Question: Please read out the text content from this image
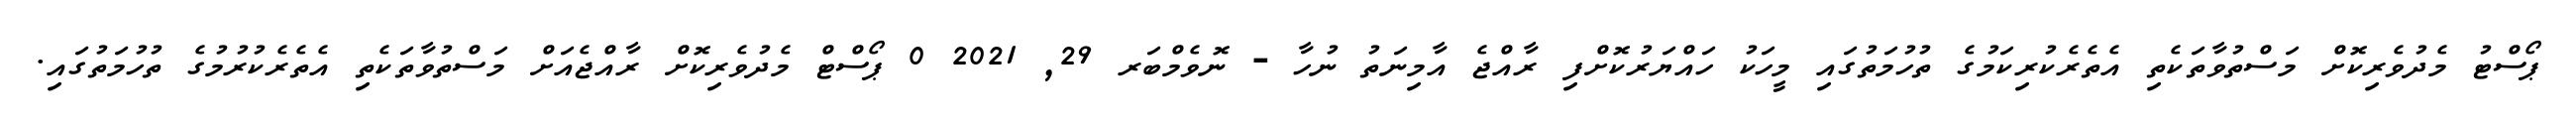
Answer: ޕޯސްޓު މެދުވެރިކޮށް މަސްތުވާތަކެތި އެތެރެކުރިކަމުގެ ތުހުމަތުގައި މީހަކު ހައްޔަރުކޮށްފި ރާއްޖެ އާމިނަތު ނުހާ - ނޮވެމްބަރ 29, 2021 0 ޕޯސްޓް މެދުވެރިކޮށް ރާއްޖެއަށް މަސްތުވާތަކެތި އެތެރެކުރުމުގެ ތުހުމަތުގައި.